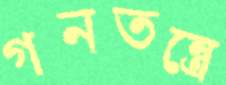
গনতন্ত্রে